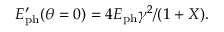
E _ { \mathrm { p h } } ^ { \prime } ( \theta = 0 ) = { 4 E _ { \mathrm { p h } } \gamma ^ { 2 } } / ( 1 + X ) .